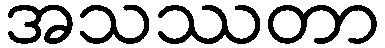
အသဿတာ